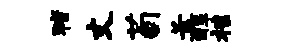
猪丈荀苦醇柩